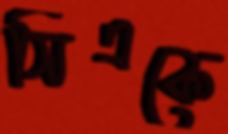
সিএকে